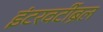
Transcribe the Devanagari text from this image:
इंटरवर्टीब्रल